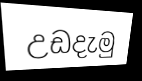
උඩදැමු